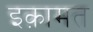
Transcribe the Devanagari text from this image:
इक़ामत